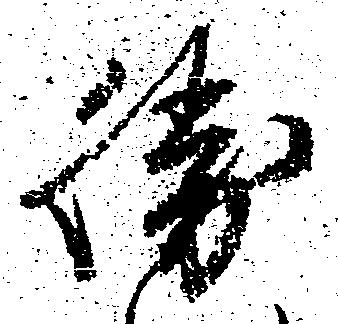
勝